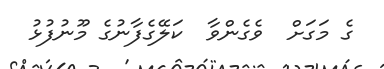
ގެ މަގަށް  ވެގެންވާ  ކަލޭގެފާނުގެ މޫނުފުޅު